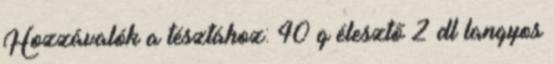
Hozzávalók a tésztához: 40 g élesztő 2 dl langyos